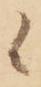
候